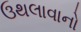
ઉથલાવાનો